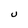
Character: U